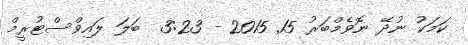
ކަމަކު ނުދޭ ނޮވެމްބަރު 15